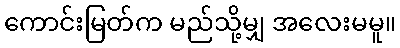
ကောင်းမြတ်က မည်သို့မျှ အလေးမမူ။